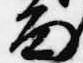
面